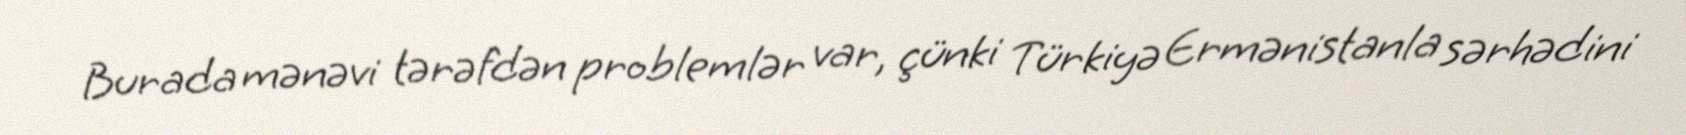
Burada mənəvi tərəfdən problemlər var, çünki Türkiyə Ermənistanla sərhədini